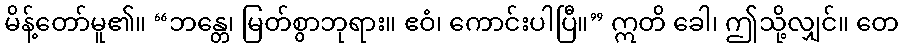
မိန့်တော်မူ၏။ “ဘန္တေ၊ မြတ်စွာဘုရား။ ဧဝံ၊ ကောင်းပါပြီ။” ဣတိ ခေါ၊ ဤသို့လျှင်။ တေ